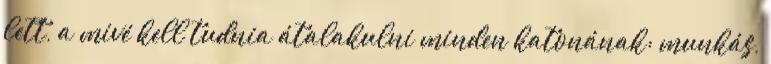
lett, a mivé kell tudnia átalakulni minden katonának: munkás,